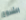
الشروع